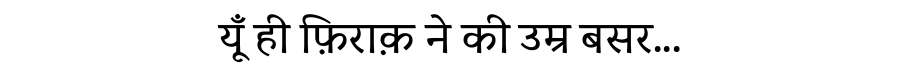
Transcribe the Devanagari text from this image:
यूँ ही फ़िराक़ ने की उम्र बसर...